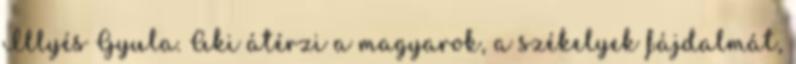
Illyés Gyula. Aki átérzi a magyarok, a székelyek fájdalmát,